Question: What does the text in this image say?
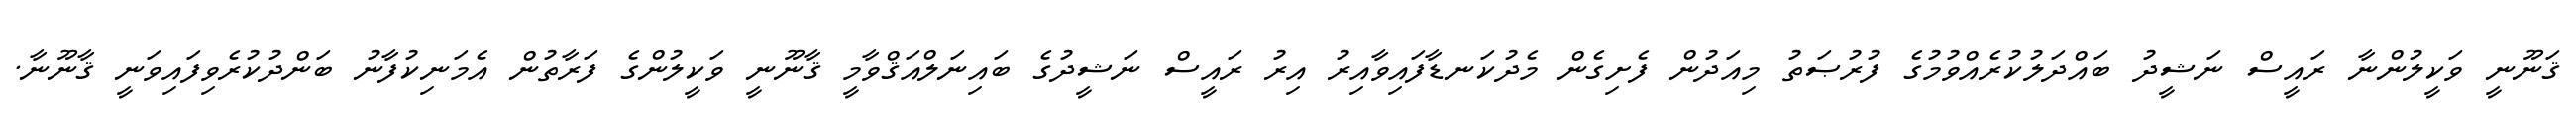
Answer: ޤަނޫނީ ވަކީލުންނާ ރައީސް ނަޝީދު ބައްދަލުކުރެއްވުމުގެ ފުރުޞަތު މިއަދުން ފެށިގެން މެދުކަނޑާފައިވާއިރު އިރު ރައީސް ނަޝީދުގެ ބައިނަލްއަޤްވާމީ ޤާނޫނީ ވަކީލުންގެ ފަރާތުން އެމަނިކުފާނު ބަންދުކުރެވިފައިވަނީ ޤާނޫނާ.